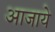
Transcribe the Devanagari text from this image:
आजाये